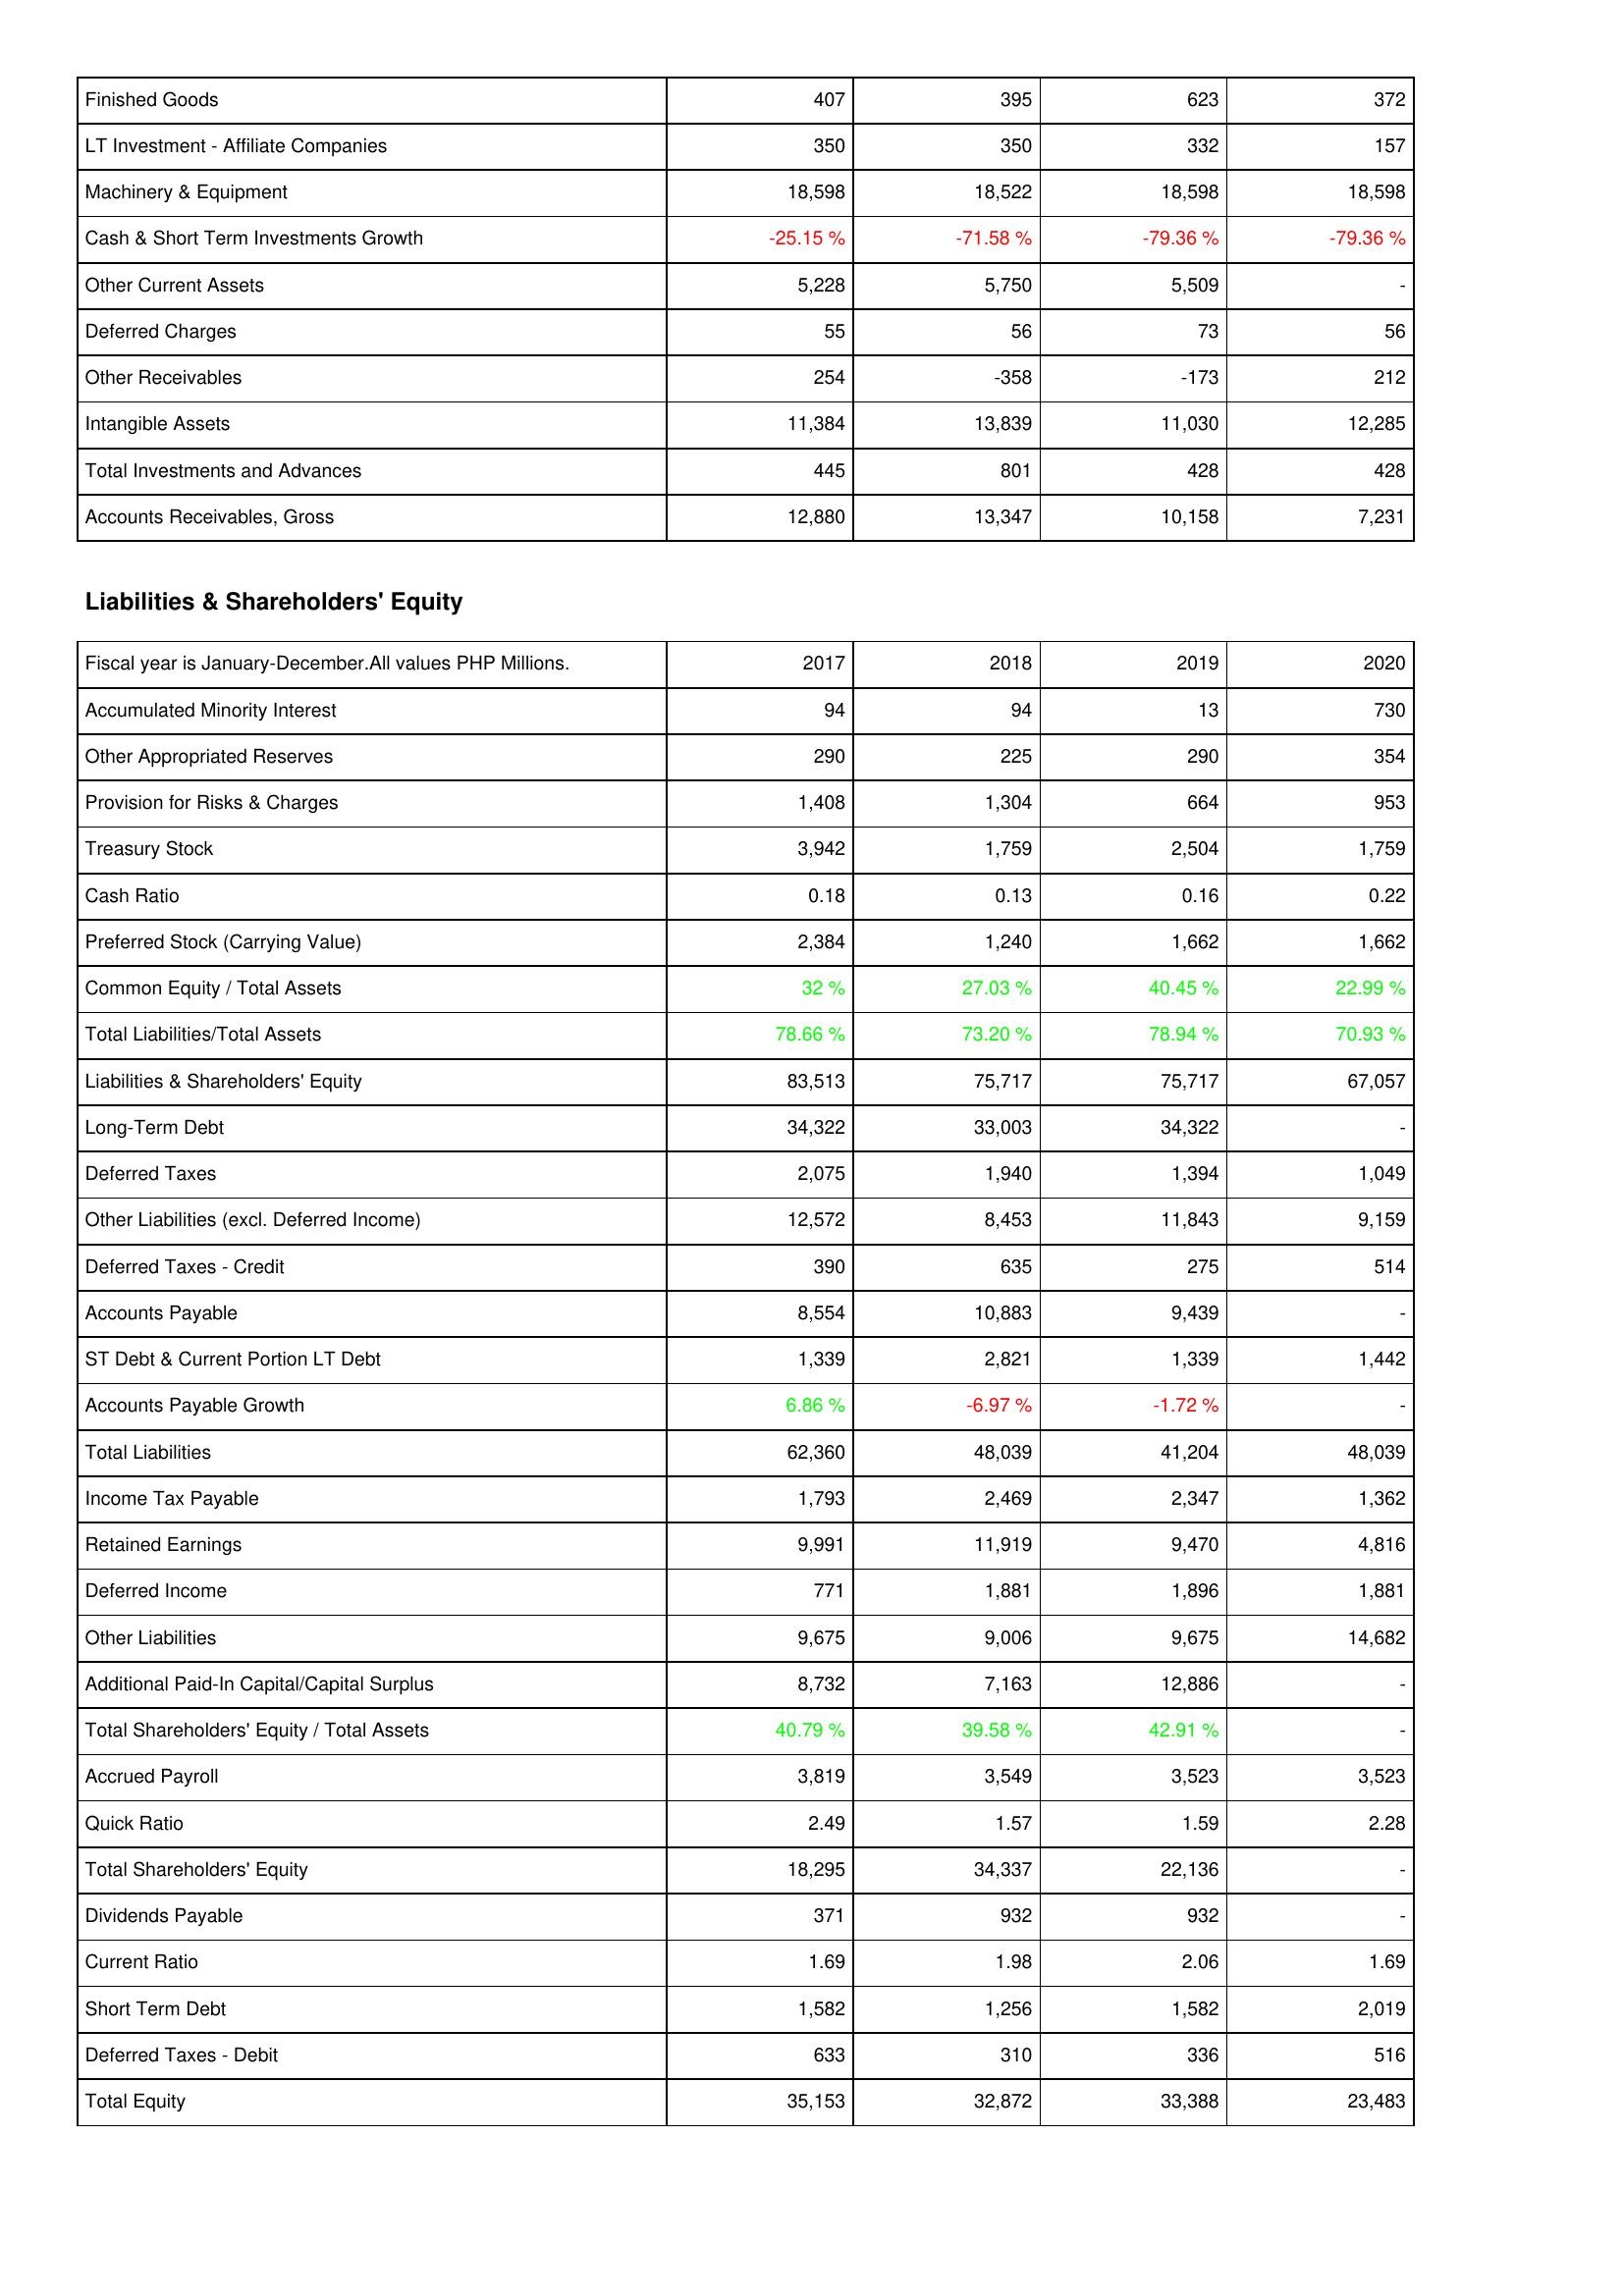
2017: Assets: Finished Goods: 407
LT Investment - Affiliate Companies: 350
Machinery & Equipment: 18,598
Cash & Short Term Investments Growth: -25.15 %
Other Current Assets: 5,228
Deferred Charges: 55
Other Receivables: 254
Intangible Assets: 11,384
Total Investments and Advances: 445
Accounts Receivables, Gross: 12,880
Liabilities & Shareholders' Equity: Accumulated Minority Interest: 94
Other Appropriated Reserves: 290
Provision for Risks & Charges: 1,408
Treasury Stock: 3,942
Cash Ratio: 0.18
Preferred Stock (Carrying Value): 2,384
Common Equity / Total Assets: 32 %
Total Liabilities/Total Assets: 78.66 %
Liabilities & Shareholders' Equity: 83,513
Long-Term Debt: 34,322
Deferred Taxes: 2,075
Other Liabilities (excl. Deferred Income): 12,572
Deferred Taxes - Credit: 390
Accounts Payable: 8,554
ST Debt & Current Portion LT Debt: 1,339
Accounts Payable Growth: 6.86 %
Total Liabilities: 62,360
Income Tax Payable: 1,793
Retained Earnings: 9,991
Deferred Income: 771
Other Liabilities: 9,675
Additional Paid-In Capital/Capital Surplus: 8,732
Total Shareholders' Equity / Total Assets: 40.79 %
Accrued Payroll: 3,819
Quick Ratio: 2.49
Total Shareholders' Equity: 18,295
Dividends Payable: 371
Current Ratio: 1.69
Short Term Debt: 1,582
Deferred Taxes - Debit: 633
Total Equity: 35,153
2018: Assets: Finished Goods: 395
LT Investment - Affiliate Companies: 350
Machinery & Equipment: 18,522
Cash & Short Term Investments Growth: -71.58 %
Other Current Assets: 5,750
Deferred Charges: 56
Other Receivables: -358
Intangible Assets: 13,839
Total Investments and Advances: 801
Accounts Receivables, Gross: 13,347
Liabilities & Shareholders' Equity: Accumulated Minority Interest: 94
Other Appropriated Reserves: 225
Provision for Risks & Charges: 1,304
Treasury Stock: 1,759
Cash Ratio: 0.13
Preferred Stock (Carrying Value): 1,240
Common Equity / Total Assets: 27.03 %
Total Liabilities/Total Assets: 73.20 %
Liabilities & Shareholders' Equity: 75,717
Long-Term Debt: 33,003
Deferred Taxes: 1,940
Other Liabilities (excl. Deferred Income): 8,453
Deferred Taxes - Credit: 635
Accounts Payable: 10,883
ST Debt & Current Portion LT Debt: 2,821
Accounts Payable Growth: -6.97 %
Total Liabilities: 48,039
Income Tax Payable: 2,469
Retained Earnings: 11,919
Deferred Income: 1,881
Other Liabilities: 9,006
Additional Paid-In Capital/Capital Surplus: 7,163
Total Shareholders' Equity / Total Assets: 39.58 %
Accrued Payroll: 3,549
Quick Ratio: 1.57
Total Shareholders' Equity: 34,337
Dividends Payable: 932
Current Ratio: 1.98
Short Term Debt: 1,256
Deferred Taxes - Debit: 310
Total Equity: 32,872
2019: Assets: Finished Goods: 623
LT Investment - Affiliate Companies: 332
Machinery & Equipment: 18,598
Cash & Short Term Investments Growth: -79.36 %
Other Current Assets: 5,509
Deferred Charges: 73
Other Receivables: -173
Intangible Assets: 11,030
Total Investments and Advances: 428
Accounts Receivables, Gross: 10,158
Liabilities & Shareholders' Equity: Accumulated Minority Interest: 13
Other Appropriated Reserves: 290
Provision for Risks & Charges: 664
Treasury Stock: 2,504
Cash Ratio: 0.16
Preferred Stock (Carrying Value): 1,662
Common Equity / Total Assets: 40.45 %
Total Liabilities/Total Assets: 78.94 %
Liabilities & Shareholders' Equity: 75,717
Long-Term Debt: 34,322
Deferred Taxes: 1,394
Other Liabilities (excl. Deferred Income): 11,843
Deferred Taxes - Credit: 275
Accounts Payable: 9,439
ST Debt & Current Portion LT Debt: 1,339
Accounts Payable Growth: -1.72 %
Total Liabilities: 41,204
Income Tax Payable: 2,347
Retained Earnings: 9,470
Deferred Income: 1,896
Other Liabilities: 9,675
Additional Paid-In Capital/Capital Surplus: 12,886
Total Shareholders' Equity / Total Assets: 42.91 %
Accrued Payroll: 3,523
Quick Ratio: 1.59
Total Shareholders' Equity: 22,136
Dividends Payable: 932
Current Ratio: 2.06
Short Term Debt: 1,582
Deferred Taxes - Debit: 336
Total Equity: 33,388
2020: Assets: Finished Goods: 372
LT Investment - Affiliate Companies: 157
Machinery & Equipment: 18,598
Cash & Short Term Investments Growth: -79.36 %
Other Current Assets: -
Deferred Charges: 56
Other Receivables: 212
Intangible Assets: 12,285
Total Investments and Advances: 428
Accounts Receivables, Gross: 7,231
Liabilities & Shareholders' Equity: Accumulated Minority Interest: 730
Other Appropriated Reserves: 354
Provision for Risks & Charges: 953
Treasury Stock: 1,759
Cash Ratio: 0.22
Preferred Stock (Carrying Value): 1,662
Common Equity / Total Assets: 22.99 %
Total Liabilities/Total Assets: 70.93 %
Liabilities & Shareholders' Equity: 67,057
Long-Term Debt: -
Deferred Taxes: 1,049
Other Liabilities (excl. Deferred Income): 9,159
Deferred Taxes - Credit: 514
Accounts Payable: -
ST Debt & Current Portion LT Debt: 1,442
Accounts Payable Growth: -
Total Liabilities: 48,039
Income Tax Payable: 1,362
Retained Earnings: 4,816
Deferred Income: 1,881
Other Liabilities: 14,682
Additional Paid-In Capital/Capital Surplus: -
Total Shareholders' Equity / Total Assets: -
Accrued Payroll: 3,523
Quick Ratio: 2.28
Total Shareholders' Equity: -
Dividends Payable: -
Current Ratio: 1.69
Short Term Debt: 2,019
Deferred Taxes - Debit: 516
Total Equity: 23,483